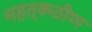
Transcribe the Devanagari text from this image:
महत्कठीण